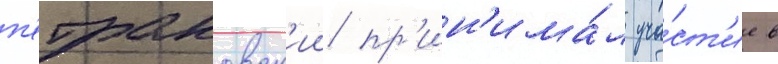
п'етраковск'ии пр'ин'има́л уча́ст'ие в